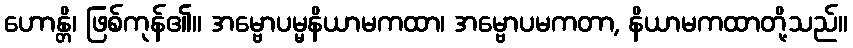
ဟောန္တိ၊ ဖြစ်ကုန်၏။ အမ္ဗောပမ္မနိယာမကထာ၊ အမ္ဗောပမကတာ, နိယာမကထာတို့သည်။